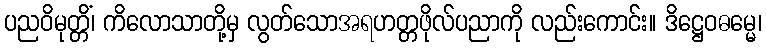
ပညဝိမုတ္တိံ၊ ကိလောသာတို့မှ လွတ်သောအရဟတ္တဖိုလ်ပညာကို လည်းကောင်း။ ဒိဋ္ဌေဝဓမ္မေ၊